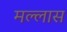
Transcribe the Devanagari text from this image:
मल्लास